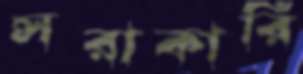
সরাকারি